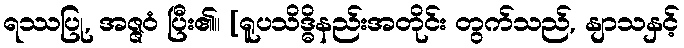
ရဿပြု, အဇ္ဇဝံ ပြီး၏။ [ရူပသိဒ္ဓိနည်းအတိုင်း တွက်သည်, နျာသနှင့်